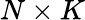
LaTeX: N\times K